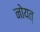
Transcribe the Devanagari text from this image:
नोयत्